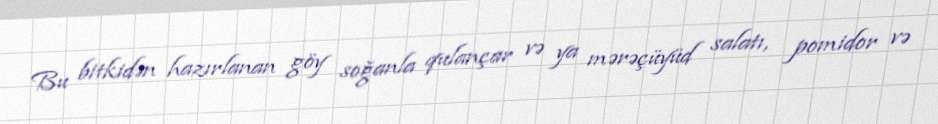
Bu bitkidən hazırlanan göy soğanla qulançar və ya mərəçüyüd salatı, pomidor və